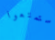
استمتعوا